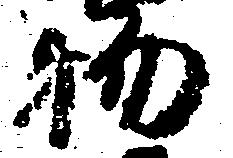
物